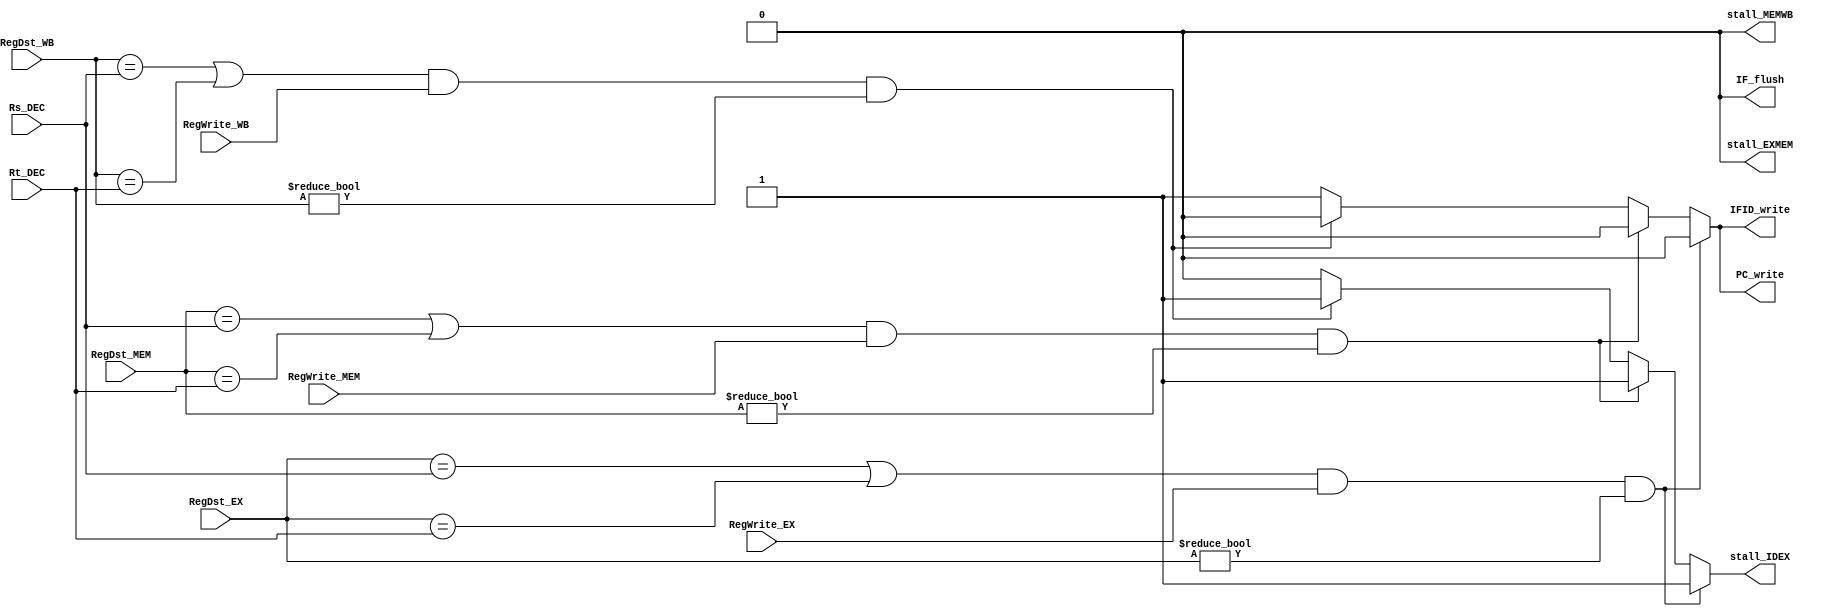
`timescale 1ns / 1ps

//naming conventions
//Instr_p is the producer EX, Instr_c is the consumer  
module i_i(
    RegDst_EX, RegDst_MEM, RegDst_WB, 
    Rs_DEC, Rt_DEC,
    RegWrite_EX, RegWrite_MEM, RegWrite_WB,
    stall_IDEX, stall_EXMEM, stall_MEMWB, //outputs
    IFID_write, PC_write, IF_flush);
    
    input [4:0] RegDst_EX, RegDst_MEM, RegDst_WB, Rs_DEC, Rt_DEC;
    input  RegWrite_EX, RegWrite_MEM, RegWrite_WB;
    output reg stall_IDEX, stall_EXMEM, stall_MEMWB,  IFID_write, PC_write, IF_flush;
    
    initial begin
        PC_write <= 1; IFID_write <= 1; IF_flush <= 0;
        stall_IDEX <=0; stall_EXMEM <= 0; stall_MEMWB <= 0;
    end
    //stall = 0 means do not stall
    always @ (*) begin
        //Instr_p is in EX, Instr_c is in DEC 
        if (((RegDst_EX == Rs_DEC ) || (RegDst_EX == Rt_DEC)) && RegWrite_EX == 1 && RegDst_EX != 0) begin 
            PC_write <= 0; IFID_write <= 0; IF_flush <= 0;
            stall_IDEX <=1;
        end 
        //Instr_p is in MEM, Instr_c is in DEC 
        else if (((RegDst_MEM == Rs_DEC ) || (RegDst_MEM == Rt_DEC)) && RegWrite_MEM == 1 && RegDst_MEM != 0) begin 
            PC_write <= 0; IFID_write <= 0; IF_flush <= 0;
            stall_IDEX <=1;
        end 
        //Instr_p is in WB, Instr_c is in DEC 
        else if (((RegDst_WB == Rs_DEC ) || (RegDst_WB == Rt_DEC)) && RegWrite_WB == 1 && RegDst_WB != 0) begin 
            PC_write <= 0; IFID_write <= 0; IF_flush <= 0;
            stall_IDEX <=1;
        end
        //no dependency 
        else begin 
            PC_write <= 1; IFID_write <= 1; IF_flush <= 0;
            stall_IDEX <=0;
        end
    end 
endmodule